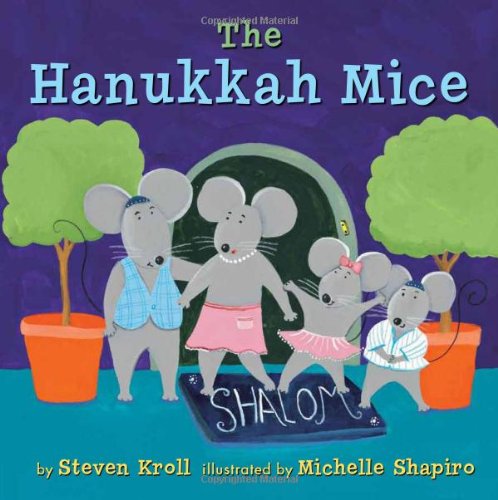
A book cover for The Hanukkah Mice; Steven Kroll; Children's Books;